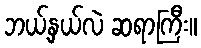
ဘယ့်နှယ်လဲ ဆရာကြီး။